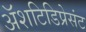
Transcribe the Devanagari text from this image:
अॅशटिडिप्रेसंट